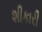
શીકારી